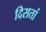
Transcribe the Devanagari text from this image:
दिसतां